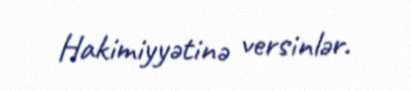
Hakimiyyətinə versinlər.